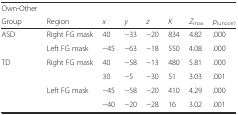
<table><thead><tr><td><b>Own-Other</b></td><td></td><td></td><td></td><td></td><td></td><td></td><td></td></tr><tr><td><b>Group</b></td><td><b>Region</b></td><td><b><i>x</i></b></td><td><b><i>y</i></b></td><td><b><i>z</i></b></td><td><b><i>K</i></b></td><td><b><i>Z</i><sub>max</sub></b></td><td><b><i>p</i><sub>(uncorr)</sub></b></td></tr></thead><tbody><tr><td rowspan="2">ASD</td><td>Right FG mask</td><td>40</td><td>−33</td><td>−20</td><td>834</td><td>4.82</td><td>.000</td></tr><tr><td>Left FG mask</td><td>−45</td><td>−63</td><td>−18</td><td>550</td><td>4.08</td><td>.000</td></tr><tr><td rowspan="4">TD</td><td>Right FG mask</td><td>40</td><td>−58</td><td>−13</td><td>480</td><td>5.81</td><td>.000</td></tr><tr><td></td><td>30</td><td>−5</td><td>−30</td><td>51</td><td>3.03</td><td>.001</td></tr><tr><td>Left FG mask</td><td>−45</td><td>−58</td><td>−20</td><td>410</td><td>4.29</td><td>.000</td></tr><tr><td></td><td>−40</td><td>−20</td><td>−28</td><td>16</td><td>3.02</td><td>.001</td></tr></tbody></table>